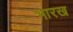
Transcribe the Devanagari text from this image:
भारख